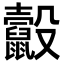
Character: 𪕸